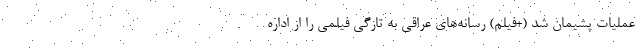
عملیات پشیمان شد (+فیلم) رسانه‌های عراقی به تازگی فیلمی را از اداره